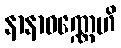
နာနာဝဏ္ဏေဟိ